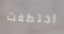
اختطفت